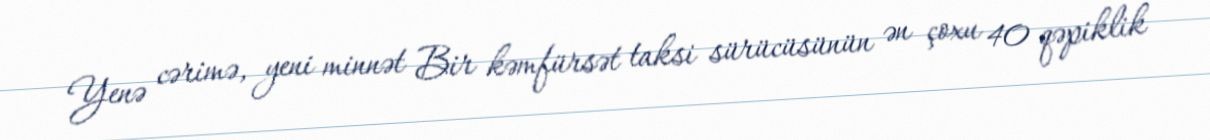
Yenə cərimə, yeni minnət Bir kəmfürsət taksi sürücüsünün ən çoxu 40 qəpiklik